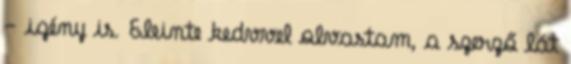
- igény is. Eleinte kedvvel olvastam, a szerző lát